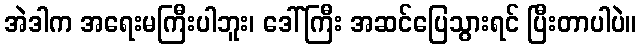
အဲဒါက အရေးမကြီးပါဘူး၊ ဒေါ်ကြီး အဆင်ပြေသွားရင် ပြီးတာပါပဲ။